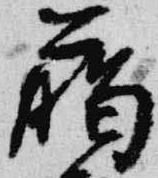
臈